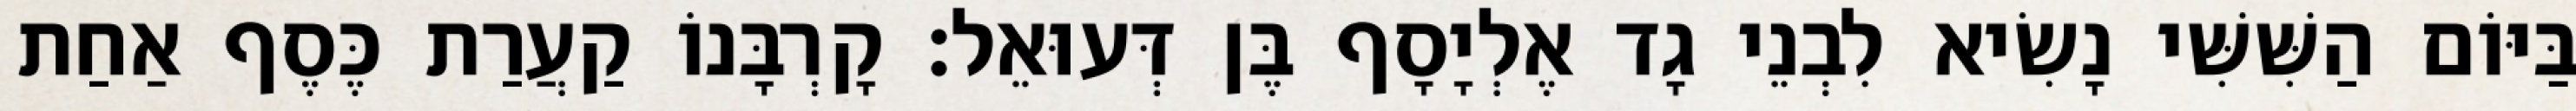
בַּיּוֹם הַשִּׁשִּׁי נָשִׂיא לִבְנֵי גָד אֶלְיָסָף בֶּן דְּעוּאֵל׃ קָרְבָּנוֹ קַעֲרַת כֶּסֶף אַחַת